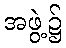
အဖွဲ့၌